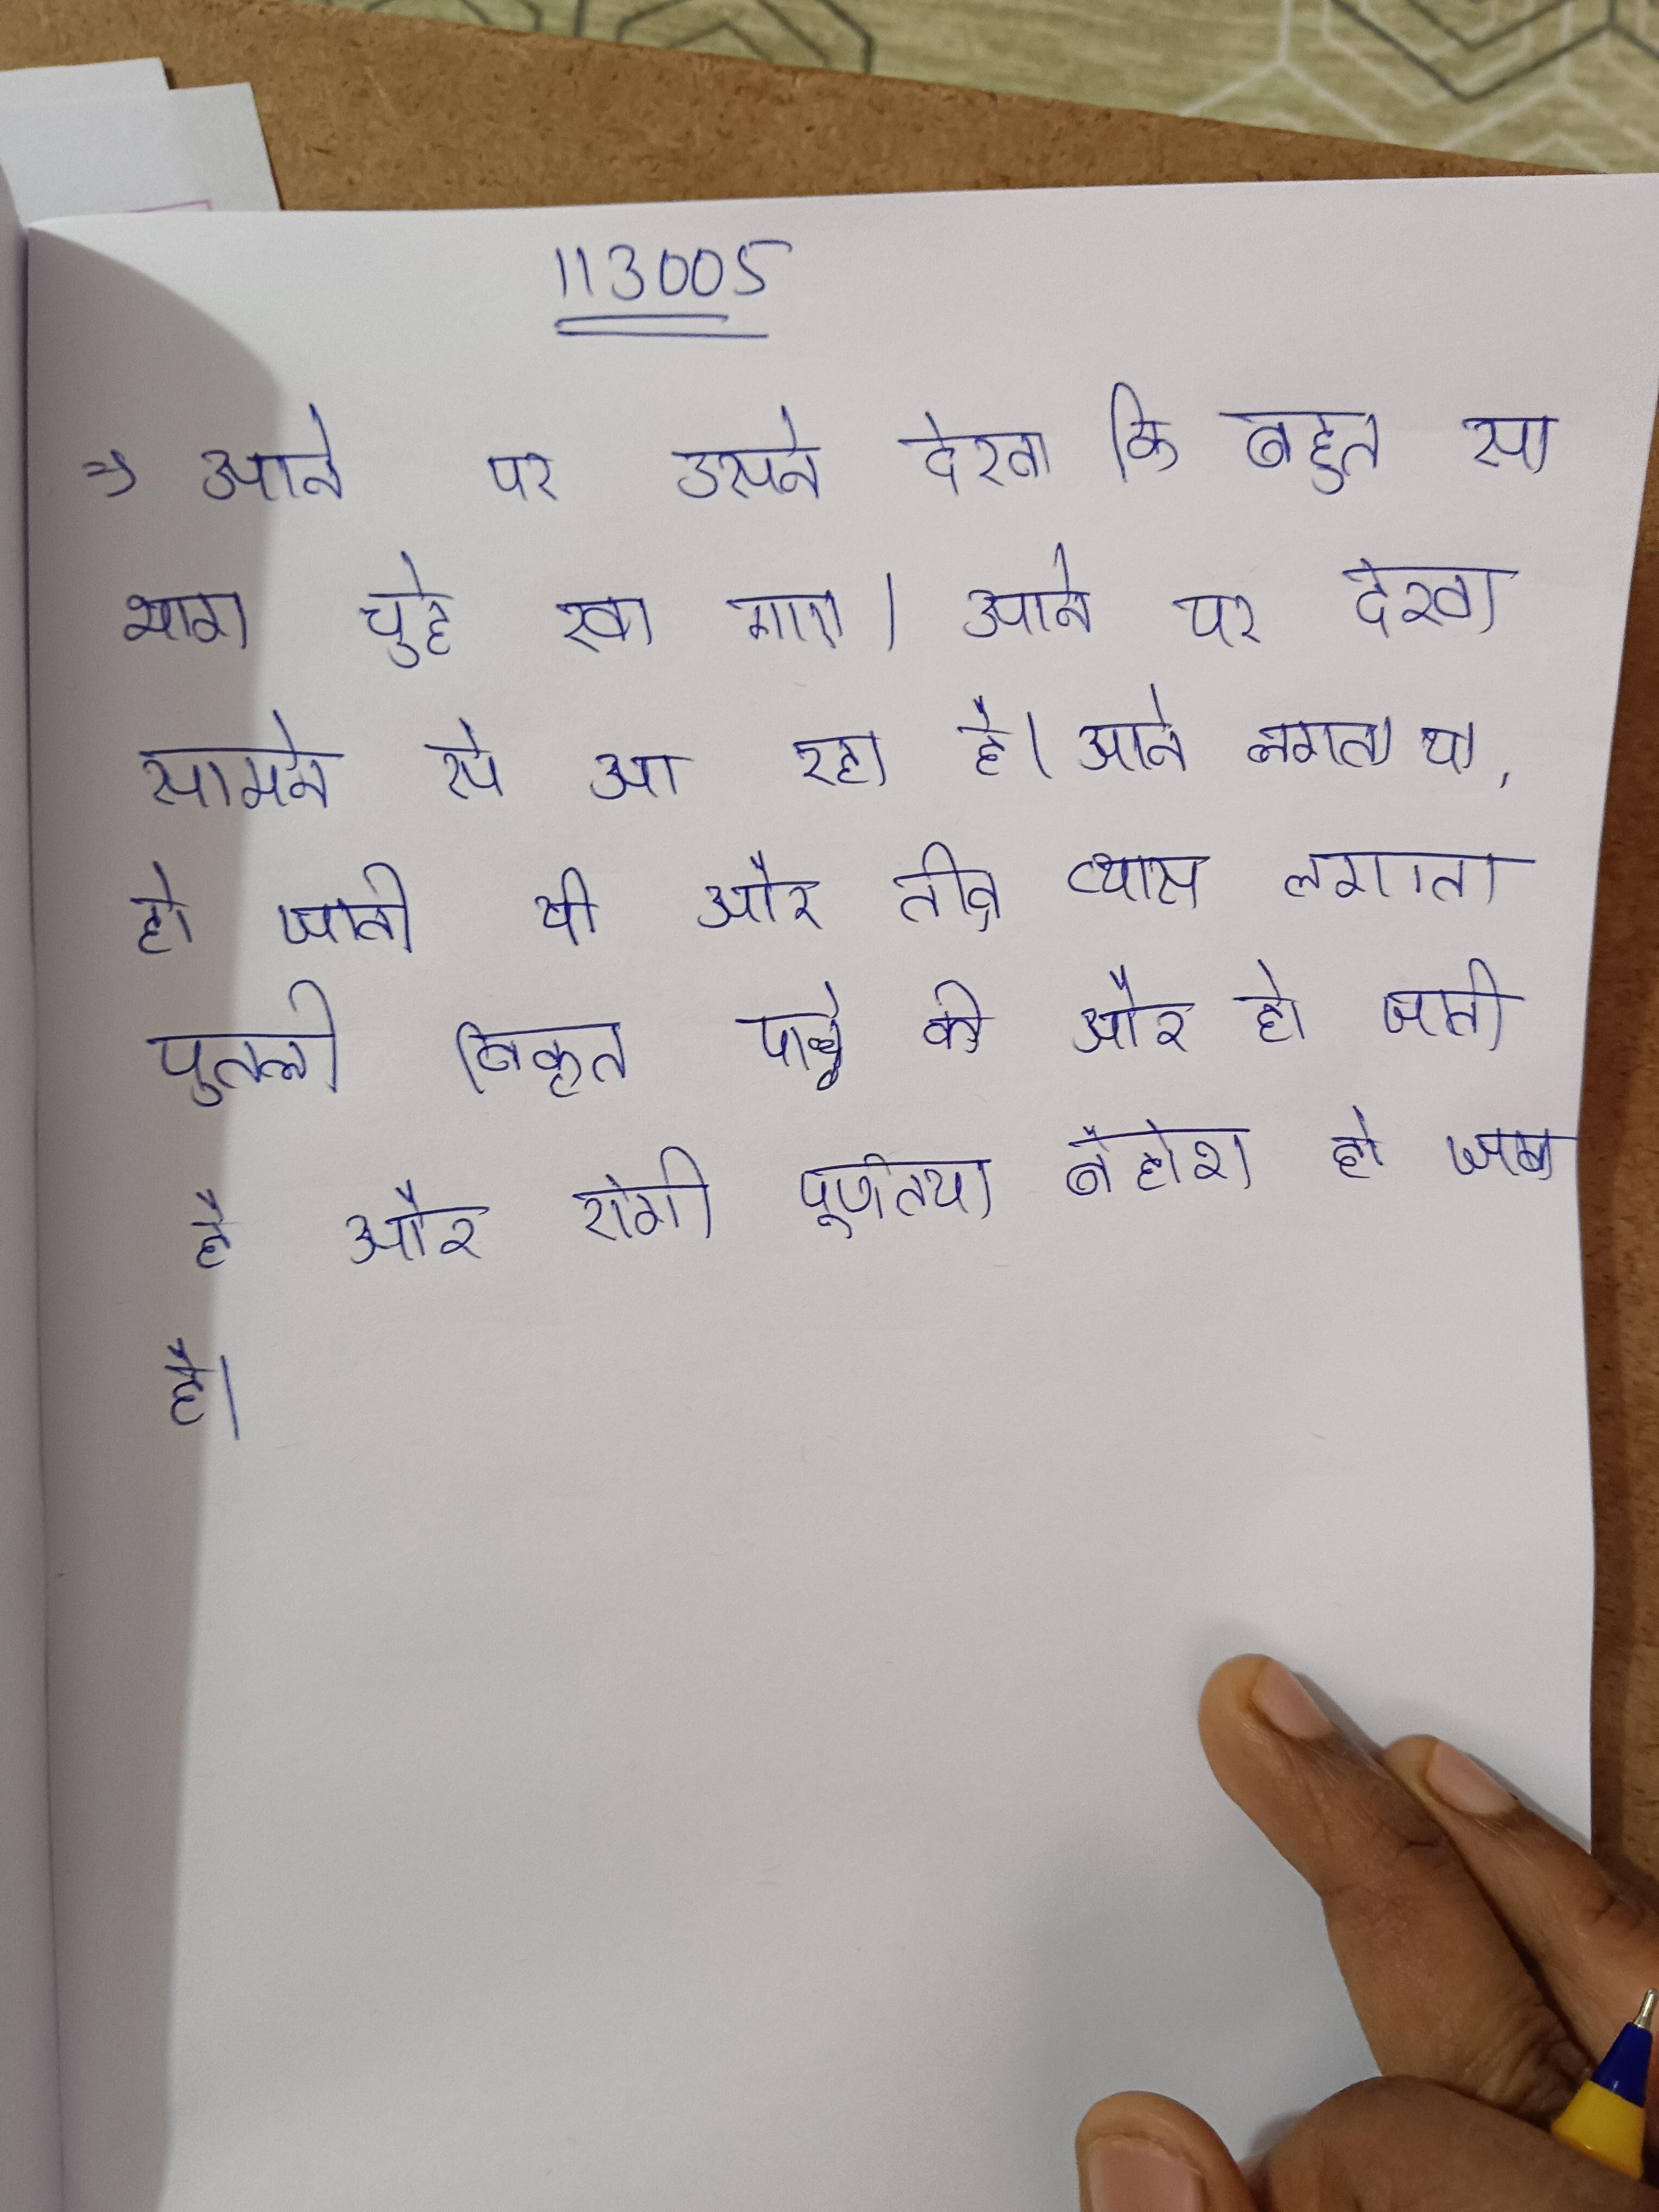
आने पर उसने देखा कि का बहुत सा भाग चूहे खा गए । आने पर देखा, सामने से आ रहा है । आने लगता था, हो जाती थी और तीव्र प्यास लगने लगती थी । आने लगती है, की काली पुतली विकृत पार्श्व की ओर हो जाती है और रोगी पूर्णतया बेहोश हो जाता है ।